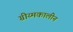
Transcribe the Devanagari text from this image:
ग्रीय्मकालीन